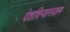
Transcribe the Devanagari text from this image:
वेशविन्यासक्रम